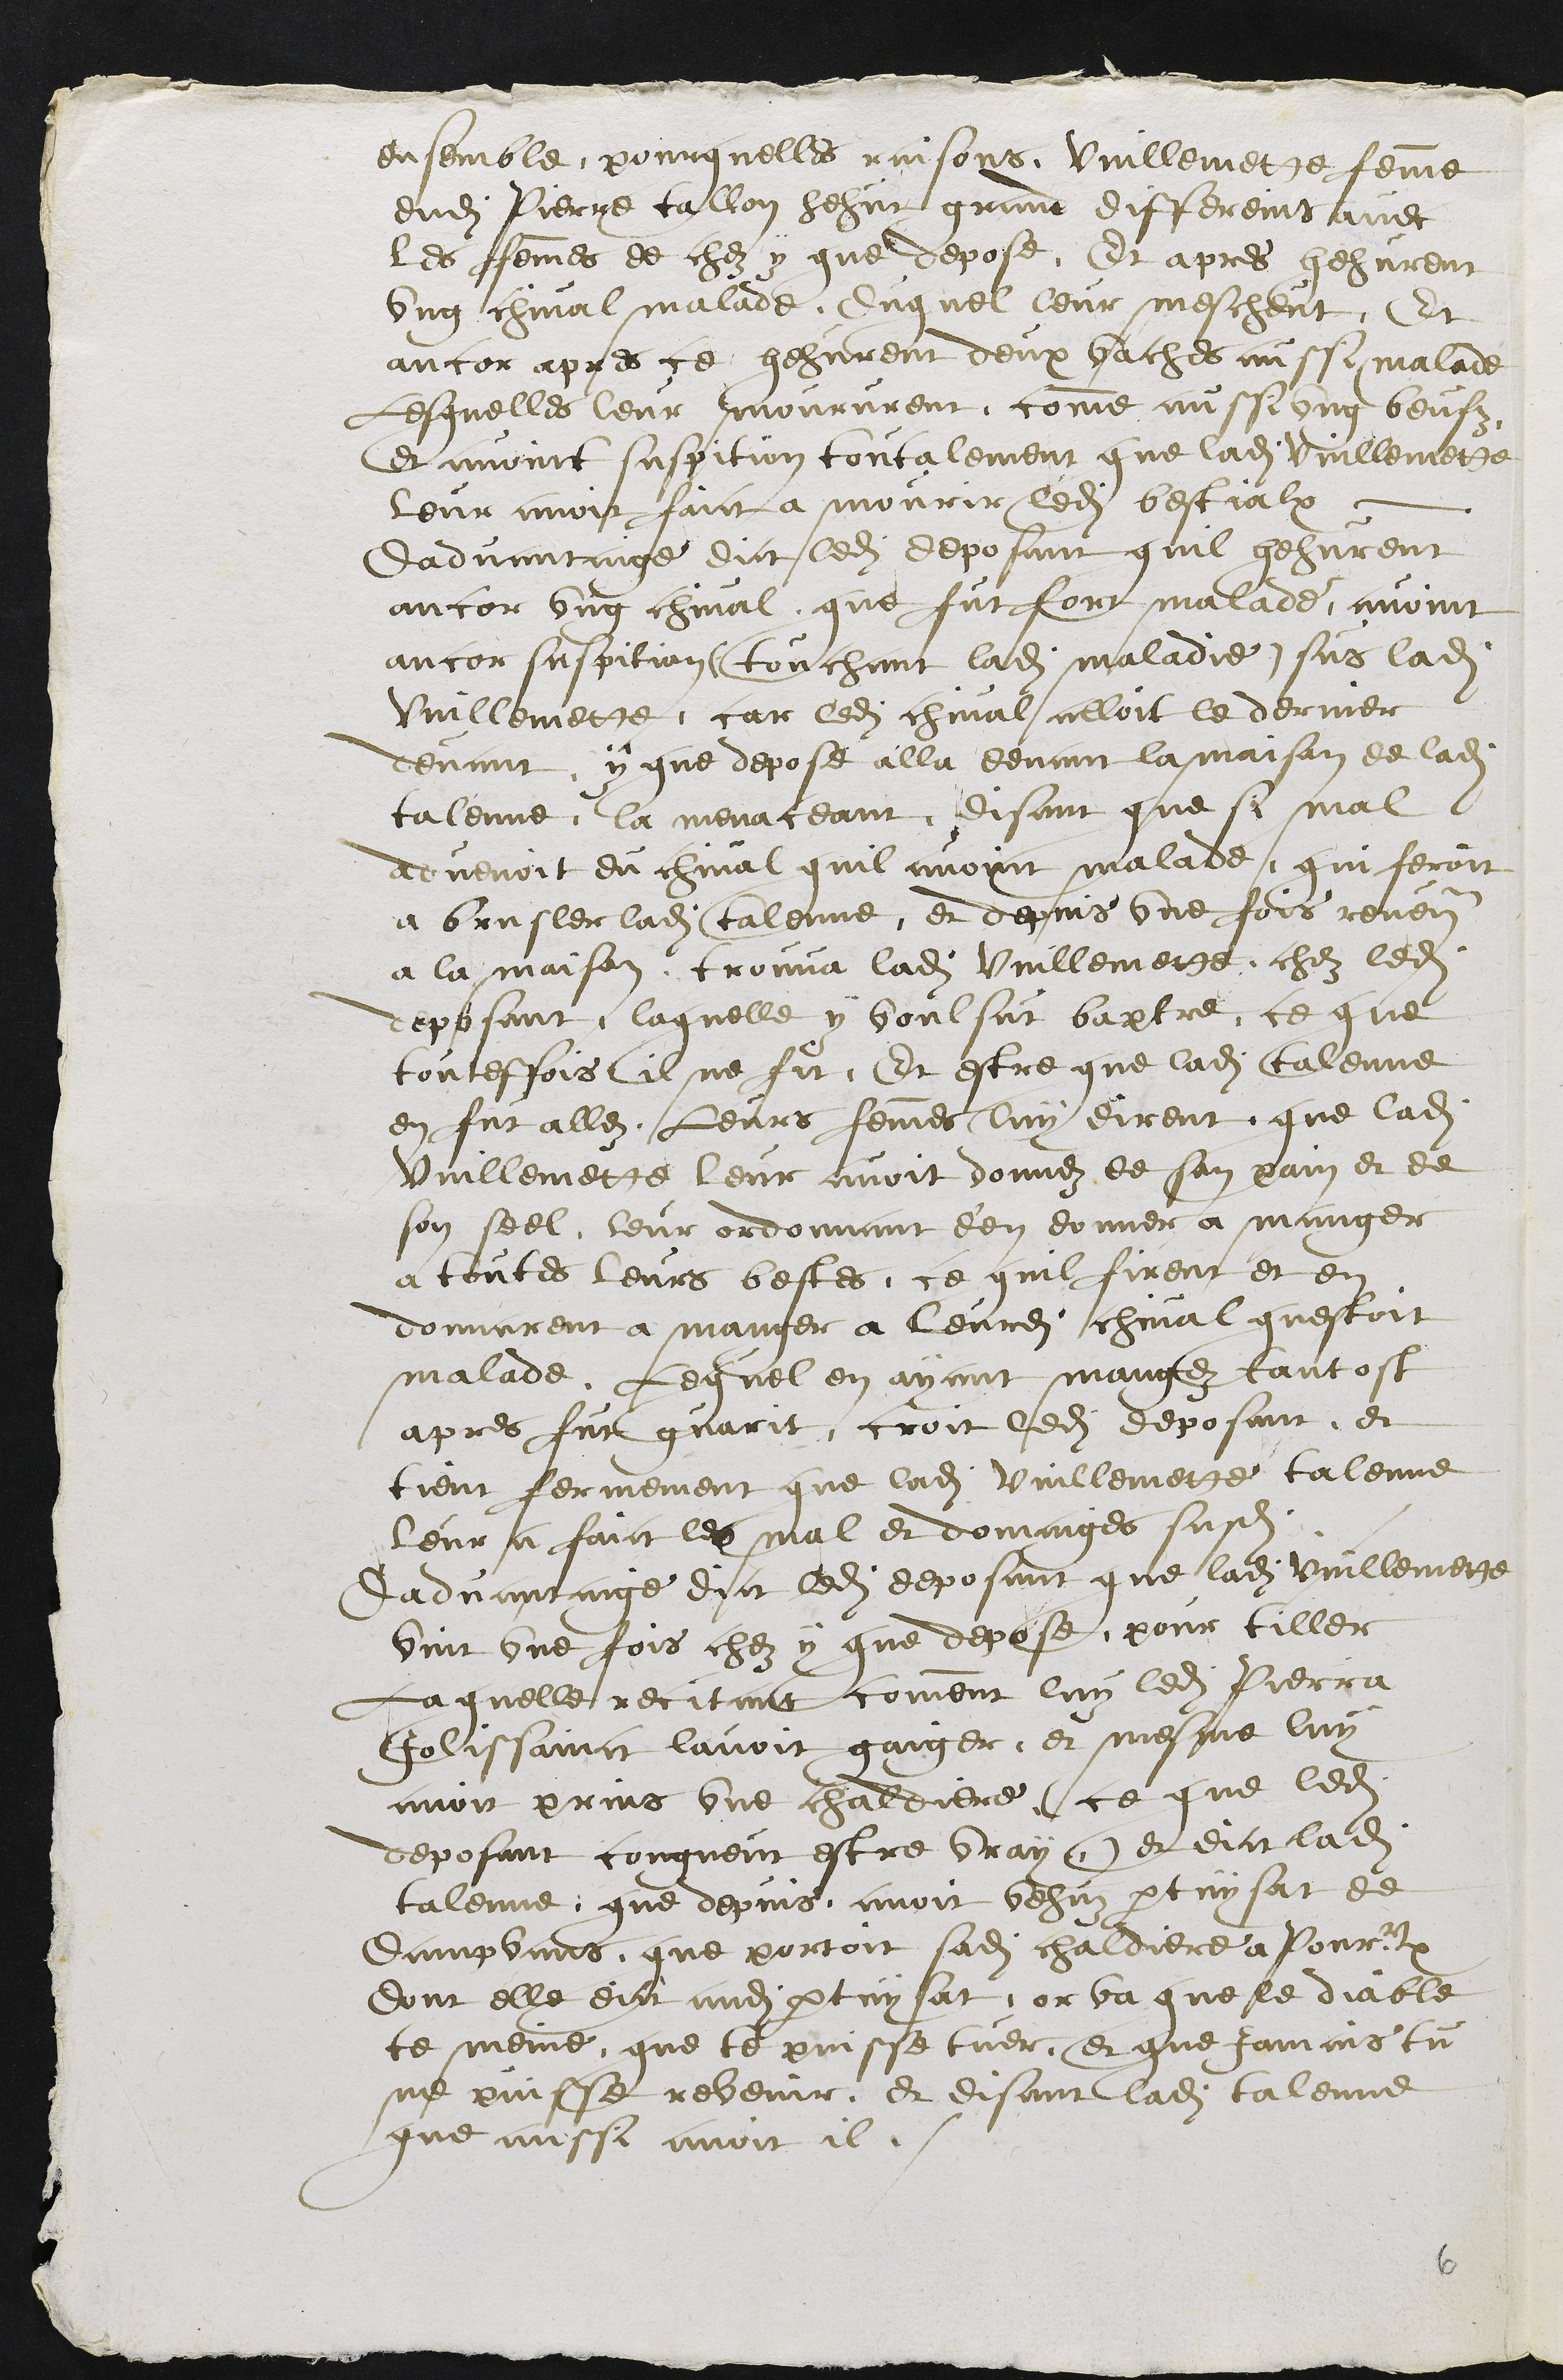
ensemble, pour quelles raisons, Vuillemette femme
dudit Pierre tallon hehut grand differeins avec
les femmes de chez y que depose, Et apres hehurent
ung chival malade. Duquel leur mescheut, Et
ancor apres ce hehurent deux vaches aussi malade
Lesquelles leur moururent comme aussi ung beufz
et avoint suspition toutalement que ladite vuillemette
leur avoit faict a mourir ledit bestialx
Dadvantaige dict ledit deposant quil hehurent
ancor ung cheval que fut fort malade, avoint
ancor suspition (touchant ladite maladie) sus ladite
Vuillemette, car ledit chival alloit le dernier
devant y que depose alla devant la maison de ladite
talenne, la menaceant disant que si mal
advenoit du cheval quil avoint malade, qui feroit
a brusler ladite talenne, et depuis une fois revenant
a la maison trouva ladite Vuillemette chez ledit
deposant, laquelle y voulsut baptre ce que
touteffois il ne fit, Et estre que ladite Talenne
en fut allez. Leurs femmes luy dirent que ladite
Vuillemette leur avoit donnez de son pain et de
son seel leur ordonnant d'en donner a manger
a toutes leurs bestes, ce quil firent et en
donnarent a manger a leurdit chival questoit
malade. Lequel en ayant mangez tantost
apres fut guarit, croit ledit deposant, et
tient fermement que ladite Vuillemette talenne
leur a faict les mal et domaiges susdits.
Dadvantaige dict ledit deposant que ladite vuillemette
vint une fois chez y que depose, pour tiller
Laquelle recitant comment luy ledit Pierra
Jolissainct lavoit gaiger, et mesme luy
avoit prins une chaldiere (ce que ledit
deposant congneit estre vray) et dict ladite
taleme que depuis avoit vehuz pertuysat de
Dampvans que portoit sadite chaldiere a Pourentruy
dont elle dict audit pertuysat, or va que le diable
te meine, que te puisse tuer, et que jamais tu
ne puisse revenir et disant ladite talenne
que aussi avoit il